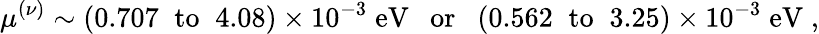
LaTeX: \mu^{(\nu)}\sim(0.707\; \; \mathrm{to}\; \; 4.08)\times 10^{-3}\; \mathrm{eV~~~or~~}\; (0.562\; \; \mathrm{to}\; \; 3.25)\times 10^{-3}\; \mathrm{eV}\; ,